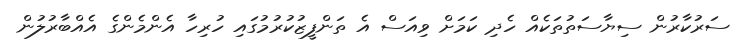
ސަރުކާރުން ސިޔާސަތުތަކެއް ހެދި ކަމަށް ވިއަސް އެ ތަންފީޒުކުރުމުގައި ހުރިހާ އެންމެންގެ އެއްބާރުލުން